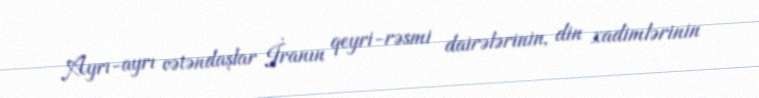
Ayrı-ayrı vətəndaşlar İranın qeyri-rəsmi dairələrinin, din xadimlərinin